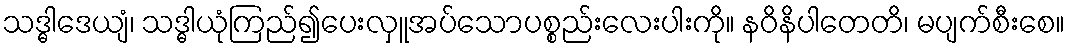
သဒ္ဓါဒေယျံ၊ သဒ္ဓါယုံကြည်၍ပေးလှူအပ်သောပစ္စည်းလေးပါးကို။ နဝိနိပါတေတိ၊ မပျက်စီးစေ။